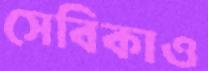
সেবিকাও